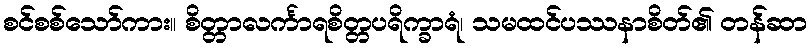
စင်စစ်သော်ကား။ စိတ္တာလင်္ကာရစိတ္တပရိက္ခာရံ၊ သမထင်ပဿနာစိတ်၏ တန်ဆာ